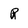
Character: R